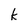
Character: k